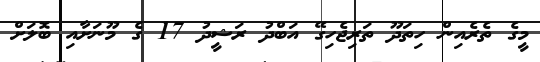
މީގެ ތެރެއިން ހިތަދޫ ތަރިޖެހިގޭ އަބްދު ރަޝީދު 17 ގެ މޫނަށާއި ބޮލަށް